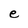
Character: e